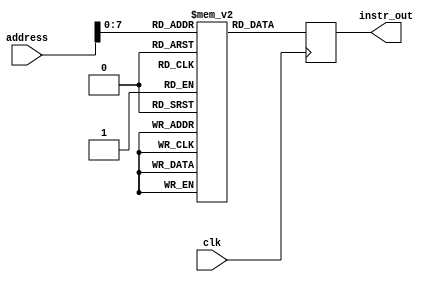
`timescale 1ns / 1ps
module Instruction_Ram(
    input clk,
    input [8:0] address,
    output reg [15:0] instr_out
    );


   
    parameter inst_count = 200;
    reg [15:0] inst_ram [inst_count:0];
   
   
    //define instructions
    	parameter FETCH         =   6'd0;
    	parameter CLAC          =   6'd2;
	parameter MVACMAR	=   6'd3;
	parameter LDAC		=   6'd4;
	parameter MVACK0	=   6'd6;
	parameter INAC		=   6'd7;
	parameter MVACI		=   6'd8;
	parameter MVACK1	=   6'd9;
	parameter MVIAC		=   6'd10;
	parameter MVACK2	=   6'd11;
	parameter MVACK3	=   6'd12;
	parameter MVACK4	=   6'd13;
	parameter MVACK5	=   6'd14;
	parameter MVACK6	=   6'd15;
	parameter MVACK7	=   6'd16;
	parameter MVACK8	=   6'd17;
	parameter MVACP1	=   6'd18;
	parameter LDII		=   6'd19;
	parameter MVACP2	=   6'd20;
	parameter ADDI		=   6'd21;
	parameter MVACP3	=   6'd22;
	parameter LDIDP		=   6'd23;
	parameter MVACCV	=   6'd24;
	parameter MVP1AC	=   6'd25;
	parameter MULK0		=   6'd26;
	parameter MVP2AC	=   6'd27;
	parameter MULK3		=   6'd28;
	parameter ADDCV		=   6'd29;
	parameter MULK6		=   6'd30;
	parameter MULK1		=   6'd31;
	parameter MULK4		=   6'd32;
	parameter MVP3AC	=   6'd33;
	parameter MULK7		=   6'd34;
	parameter MULK2		=   6'd35;
	parameter MULK5		=   6'd36;
	parameter MULK8		=   6'd37;
	parameter MVDPAC	=   6'd38;
	parameter MVCVAC	=   6'd39;
	parameter MOD30		=   6'd40;
	parameter STAC		=   6'd41;
	parameter MVII		=   6'd43;
	parameter SUBI		=   6'd44;
	parameter MVACDP	=   6'd45;
	parameter NOP		=   6'd46;
	parameter JUMPNZ	=   6'd47;
	parameter JUMPZ		=   6'd52;
	parameter DECAC         =   6'd59;


      
//completion of the convolution

   
    
    initial
    begin
	inst_ram[0]     = {FETCH, 10'd0};
        inst_ram[1]     = {CLAC, 10'd0};
        inst_ram[2]     = {MVACMAR, 10'd0};
        inst_ram[3]     = {LDAC, 10'd0}; 
        inst_ram[4]     = {MVACK0, 10'd0}; 

        inst_ram[5]     = {CLAC, 10'd0}; 
        inst_ram[6]     = {INAC, 10'd0};
        inst_ram[7]     = {MVACI, 10'd0};
        inst_ram[8]     = {MVACMAR, 10'd0};
        inst_ram[9]     = {LDAC, 10'd0};
        inst_ram[10]    = {MVACK1, 10'd0};

        inst_ram[11]    = {MVIAC, 10'd0};
        inst_ram[12]    = {INAC, 10'd0};
        inst_ram[13]    = {MVACI, 10'd0};
        inst_ram[14]    = {MVACMAR, 10'd0};
        inst_ram[15]    = {LDAC, 10'd0};
        inst_ram[16]    = {MVACK2, 10'd0};

        inst_ram[17]    = {MVIAC, 10'd0};
        inst_ram[18]    = {INAC, 10'd0};
        inst_ram[19]    = {MVACI, 10'd0};
        inst_ram[20]    = {MVACMAR, 10'd0};
        inst_ram[21]    = {LDAC, 10'd0};
        inst_ram[22]    = {MVACK3, 10'd0};

        inst_ram[23]    = {MVIAC, 10'd0};
        inst_ram[24]    = {INAC, 10'd0};
        inst_ram[25]    = {MVACI, 10'd0};
        inst_ram[26]    = {MVACMAR, 10'd0};
        inst_ram[27]    = {LDAC, 10'd0};
        inst_ram[28]    = {MVACK4, 10'd0};

        inst_ram[29]    = {MVIAC, 10'd0};
        inst_ram[30]    = {INAC, 10'd0};
        inst_ram[31]    = {MVACI,   10'd0};
        inst_ram[32]    = {MVACMAR,   10'd0};
        inst_ram[33]    = {LDAC,    10'd0};
        inst_ram[34]    = {MVACK5,    10'd0};

        inst_ram[35]    = {MVIAC, 10'd0};
        inst_ram[36]    = {INAC, 10'd0};
        inst_ram[37]    = {MVACI, 10'd0};
        inst_ram[38]    = {MVACMAR, 10'd0};
        inst_ram[39]    = {LDAC, 10'd0};
        inst_ram[40]    = {MVACK6, 10'd0};




        inst_ram[41]    = {MVIAC, 10'd0};
        inst_ram[42]    = {INAC, 10'd0};
        inst_ram[43]    = {MVACI, 10'd0};
        inst_ram[44]    = {MVACMAR, 10'd0};
        inst_ram[45]    = {LDAC,  10'd0};
        inst_ram[46]    = {MVACK7,  10'd0};

       	inst_ram[47]    = {MVIAC, 10'd0};
        inst_ram[48]    = {INAC, 10'd0};
        inst_ram[49]    = {MVACI, 10'd0};
        inst_ram[50]    = {MVACMAR, 10'd0};
        inst_ram[51]    = {LDAC, 10'd0};
        inst_ram[52]    = {MVACK8, 10'd0};

        inst_ram[53]    = { MVIAC, 10'd0};
        inst_ram[54]    = { INAC, 10'd0};
        inst_ram[55]    = { MVACP1, 10'd0};
        inst_ram[56]    = { LDII, 10'd30};	//Immediate data
        inst_ram[57]    = { ADDI, 10'd0};       //corrected                    
        inst_ram[58]    = { MVACP2, 10'd0};
        inst_ram[59]    = { ADDI, 10'd0};
        inst_ram[60]    = { MVACP3, 10'd0};
        inst_ram[61]    = { LDIDP, 10'd910};    //Immediate data  //corrected
        inst_ram[62]    = { CLAC, 10'd0};
        inst_ram[63]    = { MVACCV, 10'd0};


        inst_ram[64]    = { MVP1AC, 10'd0};                //L1
        inst_ram[65]    = { MVACMAR, 10'd0};
        inst_ram[66]    = { INAC, 10'd0};
        inst_ram[67]    = { MVACP1, 10'd0};  //p1 = 10
        inst_ram[68]    = { LDAC, 10'd0};
        inst_ram[69]    = { MULK0, 10'd0};
        inst_ram[70]    = { MVACCV, 10'd0};


        inst_ram[71]    = { MVP2AC, 10'd0};
        inst_ram[72]    = { MVACMAR, 10'd0};
        inst_ram[73]    = { INAC, 10'd0};
        inst_ram[74]    = { MVACP2, 10'd0};
        inst_ram[75]    = { LDAC, 10'd0};
        inst_ram[76]    = { MULK3, 10'd0}; 
        inst_ram[77]    = { ADDCV, 10'd0};
        inst_ram[78]    = { MVACCV, 10'd0};


        
        inst_ram[79]    = { MVP3AC, 10'd0};
        inst_ram[80]    = { MVACMAR, 10'd0};
        inst_ram[81]    = { INAC, 10'd0};
        inst_ram[82]    = { MVACP3, 10'd0};
        inst_ram[83]    = { LDAC, 10'd0};
        inst_ram[84]    = { MULK6, 10'd0}; 
        inst_ram[85]    = { ADDCV, 10'd0};
        inst_ram[86]    = { MVACCV, 10'd0};

        inst_ram[87]    = { MVP1AC, 10'd0};
        inst_ram[88]    = { MVACMAR, 10'd0};
        inst_ram[89]    = { INAC, 10'd0};
        inst_ram[90]    = { MVACP1, 10'd0}; //p1=11
        inst_ram[91]    = { LDAC, 10'd0};
        inst_ram[92]    = { MULK1, 10'd0}; 
        inst_ram[93]    = { ADDCV, 10'd0};
        inst_ram[94]    = { MVACCV, 10'd0};

        inst_ram[95]    = { MVP2AC, 10'd0};
        inst_ram[96]    = { MVACMAR, 10'd0};
        inst_ram[97]    = { INAC, 10'd0};
        inst_ram[98]    = { MVACP2, 10'd0};
        inst_ram[99]    = { LDAC, 10'd0};
        inst_ram[100]    = { MULK4, 10'd0}; 
        inst_ram[101]    = { ADDCV, 10'd0};
        inst_ram[102]    = { MVACCV, 10'd0};

        inst_ram[103]    = { MVP3AC, 10'd0};
        inst_ram[104]    = { MVACMAR, 10'd0};
        inst_ram[105]    = { INAC, 10'd0};
        inst_ram[106]    = { MVACP3, 10'd0};
        inst_ram[107]    = { LDAC, 10'd0};
        inst_ram[108]    = { MULK7, 10'd0};
        inst_ram[109]    = { ADDCV, 10'd0};
        inst_ram[110]    = { MVACCV, 10'd0};






        inst_ram[111]    = { MVP1AC, 10'd0};
        inst_ram[112]    = { MVACMAR, 10'd0};
        inst_ram[113]    = { INAC, 10'd0};
        //inst_ram[114]    = { MVACP1, 10'd0};
        inst_ram[114]    = { LDAC, 10'd0};
        inst_ram[115]    = { MULK2, 10'd0}; 
        inst_ram[116]    = { ADDCV, 10'd0};
        inst_ram[117]    = { MVACCV, 10'd0};

        inst_ram[118]    = { MVP2AC, 10'd0};
        inst_ram[119]    = { MVACMAR, 10'd0};
        inst_ram[120]    = { INAC, 10'd0};
        //inst_ram[122]    = { MVACP2, 10'd0};
        inst_ram[121]    = { LDAC, 10'd0};
        inst_ram[122]    = { MULK5, 10'd0};
        inst_ram[123]    = { ADDCV, 10'd0};
        inst_ram[124]    = { MVACCV, 10'd0};

        inst_ram[125]    = { MVP3AC, 10'd0};
        inst_ram[126]    = { MVACMAR, 10'd0};
        inst_ram[127]    = { INAC, 10'd0};
        //inst_ram[130]    = { MVACP3, 10'd0};
        inst_ram[128]    = { LDAC, 10'd0};
        inst_ram[129]    = { MULK8, 10'd0}; 
        inst_ram[130]    = { ADDCV, 10'd0};   // 
        inst_ram[131]    = { MVACCV, 10'd0};

	inst_ram[132]    = { MVP1AC, 10'd0};  //changed
	inst_ram[133]    = { DECAC, 10'd0};
	inst_ram[134]    = { MVACP1, 10'd0};

	inst_ram[135]    = { MVP2AC, 10'd0};  //changed
	inst_ram[136]    = { DECAC, 10'd0};
	inst_ram[137]    = { MVACP2, 10'd0};

	inst_ram[138]    = { MVP3AC, 10'd0};  //changed
	inst_ram[139]    = { DECAC, 10'd0};
	inst_ram[140]    = { MVACP3, 10'd0};
 
        inst_ram[141]    = { MVDPAC, 10'd0};
        inst_ram[142]    = { MVACMAR, 10'd0};
	
	inst_ram[143]       = {INAC,10'd0};  // incremented the data ram
	inst_ram[144]       = {MVACDP, 10'd0};

        inst_ram[145]    = { MVCVAC, 10'd0};  //* no error but no change 
        inst_ram[146]    = { STAC, 10'd0};   // loading last 8 digits of zeros  // stac2 check again

	
        inst_ram[147]    = { LDII, 10'd7};      //Immediate data  not loading to I bus but loaded to B bus
        
 	inst_ram[148]    = { MVP1AC, 10'd0};
        inst_ram[149]    = { MOD30, 10'd0};
        inst_ram[150]    = { SUBI, 10'd0};
        inst_ram[151]    = { JUMPZ, 10'd179};            //Jump address
        

	inst_ram[152]    = { MVP1AC, 10'd0}; 
        inst_ram[153]    = { INAC, 10'd0};
	inst_ram[154]    = { MVACP1, 10'd0};
	inst_ram[155]    = { MVP1AC, 10'd0};
        inst_ram[156]    = { INAC, 10'd0};
        inst_ram[157]    = { MVACP1, 10'd0};
      

	inst_ram[158]    = { MVP2AC, 10'd0}; 
        inst_ram[159]    = { INAC, 10'd0};
	inst_ram[160]    = { MVACP2, 10'd0};
	inst_ram[161]    = { MVP2AC, 10'd0};
        inst_ram[162]    = { INAC, 10'd0};
        inst_ram[163]    = { MVACP2, 10'd0};
       

	inst_ram[164]    = { MVP3AC, 10'd0}; 
        inst_ram[165]    = { INAC, 10'd0};
	inst_ram[166]    = { MVACP3, 10'd0};
	inst_ram[167]    = { MVP3AC, 10'd0};
        inst_ram[168]    = { INAC, 10'd0};
        inst_ram[169]    = { MVACP3, 10'd0};
       
        
        inst_ram[170]    = { MVDPAC, 10'd0}; 
        inst_ram[171]    = { INAC, 10'd0};
	inst_ram[172]    = { MVACDP, 10'd0};
	inst_ram[173]    = { MVDPAC, 10'd0};
        inst_ram[174]    = { INAC, 10'd0};
        inst_ram[175]    = { MVACDP, 10'd0};
	inst_ram[176]    = { MVDPAC, 10'd0};
        inst_ram[177]    = { INAC, 10'd0};
        inst_ram[178]    = { MVACDP, 10'd0};

        inst_ram[179]    = { MVDPAC, 10'd0}; //L3
	inst_ram[180]    = { LDII, 10'd827}; //827
	inst_ram[181]    = { SUBI, 10'd0};
	inst_ram[182]    = { LDII, 10'd869};   //869             //Immediate data
	inst_ram[183]    = { SUBI, 10'd0};
        
        inst_ram[184]    = { JUMPNZ, 10'd63};     //Jump address
        inst_ram[185]    = { NOP, 10'd0};              //L2







   
    end
   
    always @(posedge clk)
    begin
        instr_out<= inst_ram[address];
   
    end   
   
endmodule